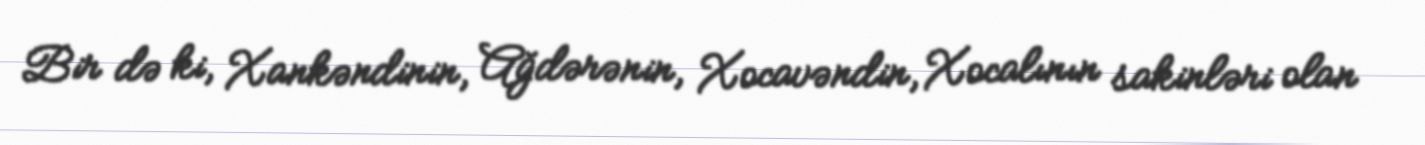
Bir də ki, Xankəndinin, Ağdərənin, Xocavəndin, Xocalının sakinləri olan